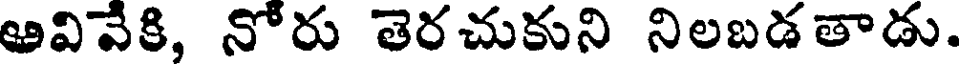
ఆవివేకి, నోరు తెరచుకుని నిలబడతాడు.